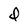
Character: d